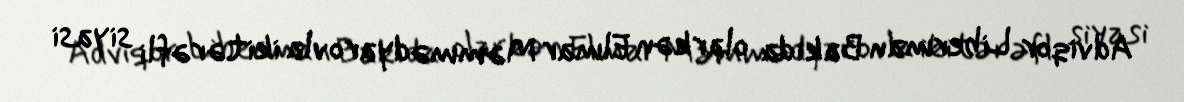
Adviqor Liberman Bakıda olarkən Elmar Məmmədyarovla ikitərəfli siyasi